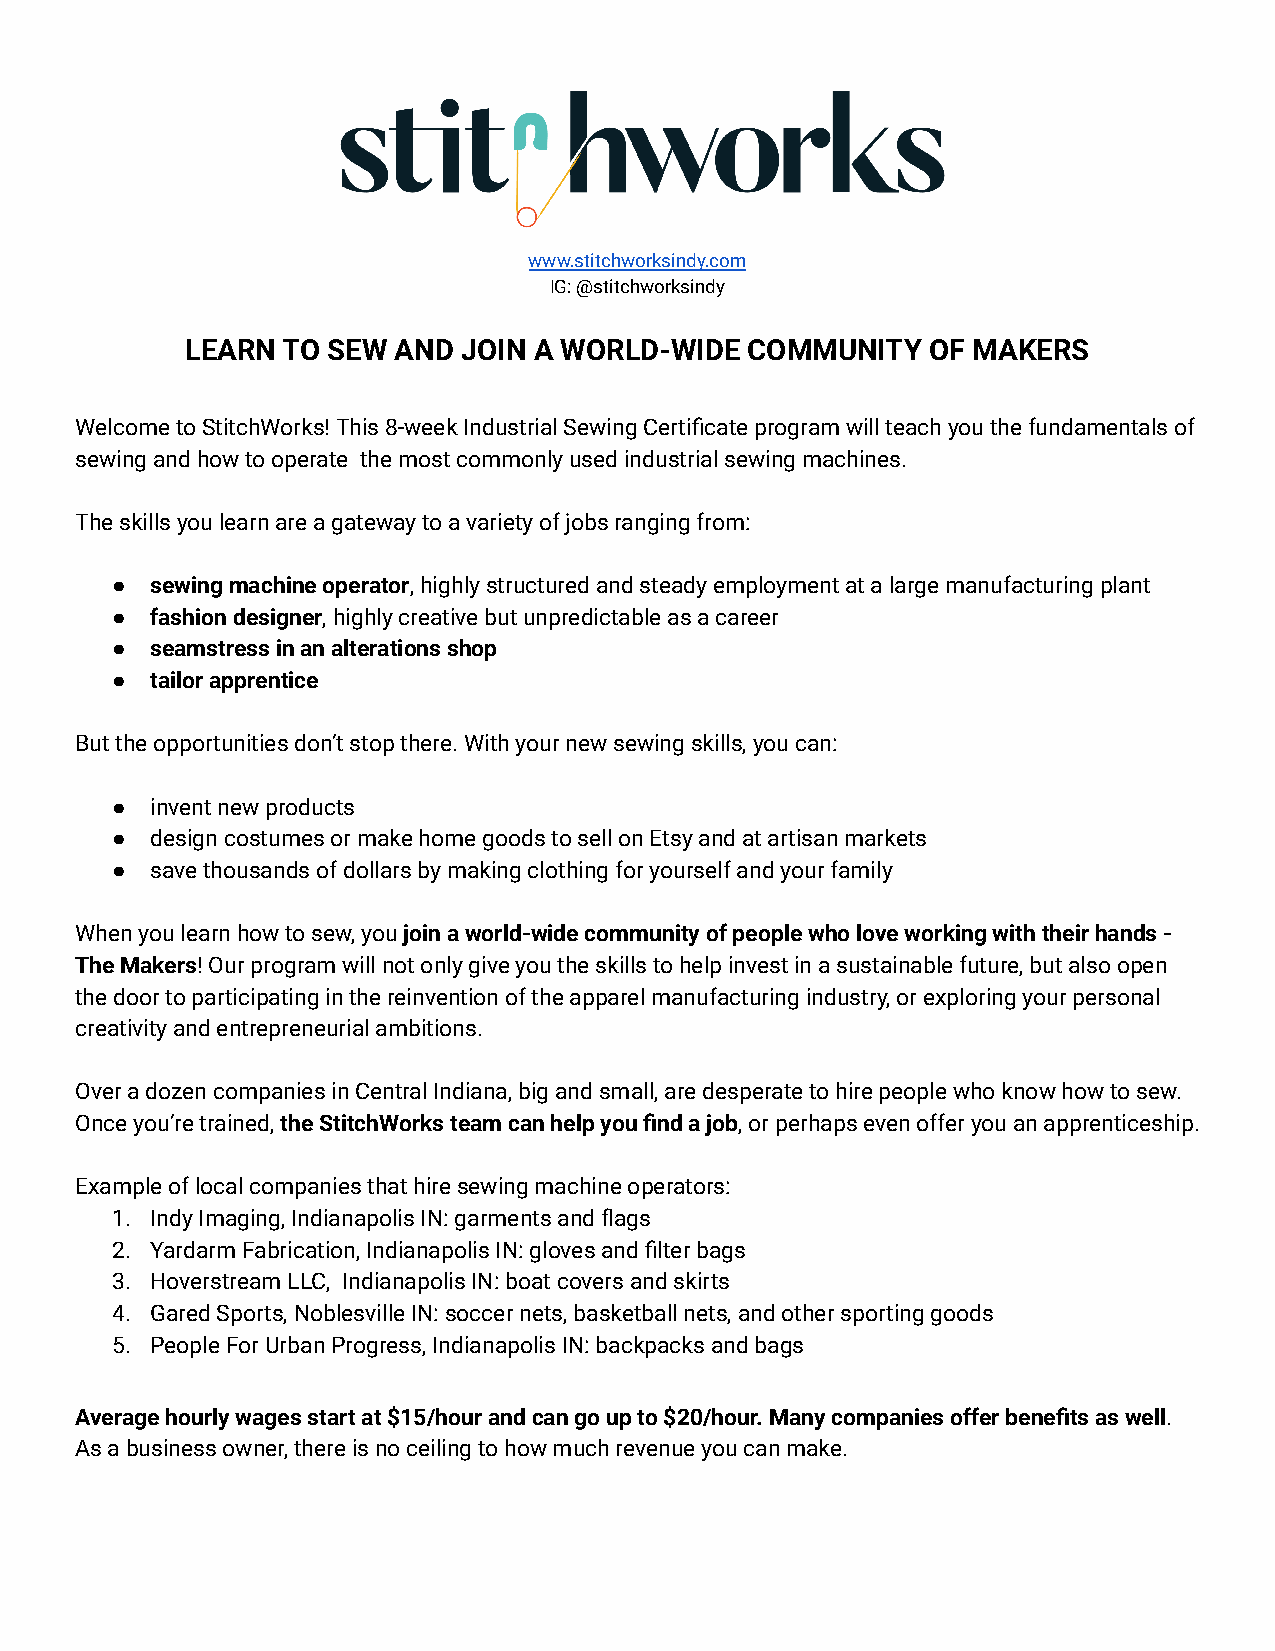
www.stitchworksindy.com
 IG: @stitchworksindy
 LEARN  TO SEW AND  JOIN A WORLD-WIDE COMMUNITY    OF MAKERS
 Welcome to StitchWorks! This 8-week Industrial Sewing Certificate program will teach you the fundamentals of
 sewing and how to operate the most commonly used industrial sewing machines.
 The skills you learn are a gateway to a variety of jobs ranging from:
 ●  sewing machine operator, highly structured and steadyemployment at a large manufacturing plant
 ●  fashion designer, highly creative but unpredictableas a career
 ●  seamstress in an alterations shop
 ●  tailor apprentice
 But the opportunities don’t stop there. With your new sewing skills, you can:
 ●  invent new products
 ●  design costumes or make home goods to sell on Etsy and at artisan markets
 ●  save thousands of dollars by making clothing for yourself and your family
 When you learn how to sew, youjoin a world-wide communityof people who love working with their hands -
 The Makers! Our program will not only give you theskills to help invest in a sustainable future, but also open
 the door to participating in the reinvention of the apparel manufacturing industry, or exploring your personal
 creativity and entrepreneurial ambitions.
 Over a dozen companies in Central Indiana, big and small, are desperate to hire people who know how to sew.
 Once you’re trained,the StitchWorks team can helpyou find a job, or perhaps even offer you an apprenticeship.
 Example of local companies that hire sewing machine operators:
 1. Indy Imaging, Indianapolis IN: garments and flags
 2. Yardarm Fabrication, Indianapolis IN: gloves and filter bags
 3. Hoverstream LLC, Indianapolis IN: boat covers and skirts
 4. Gared Sports, Noblesville IN: soccer nets, basketball nets, and other sporting goods
 5. People For Urban Progress, Indianapolis IN: backpacks and bags
 Average hourly wages start at $15/hour and can go up to $20/hour. Many companies offer benefits as well.
 As a business owner, there is no ceiling to how much revenue you can make.